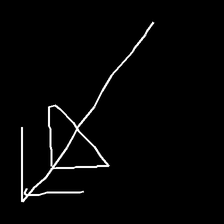
Glyph: pull